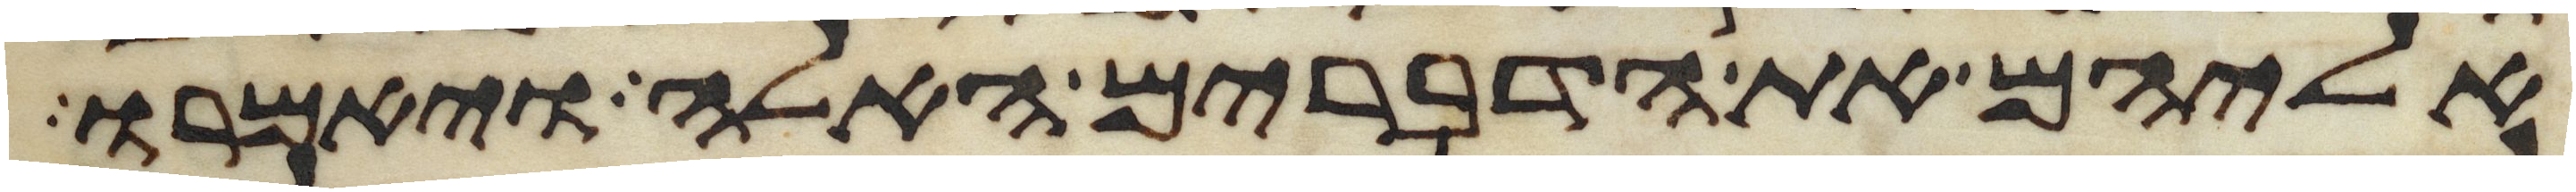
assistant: אליהם את הדברים האלה ויאמרו